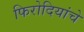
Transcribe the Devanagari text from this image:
फिरोदियांचे